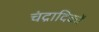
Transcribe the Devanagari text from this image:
चंद्रादिकों